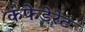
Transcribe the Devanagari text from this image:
कंफेडेरेट